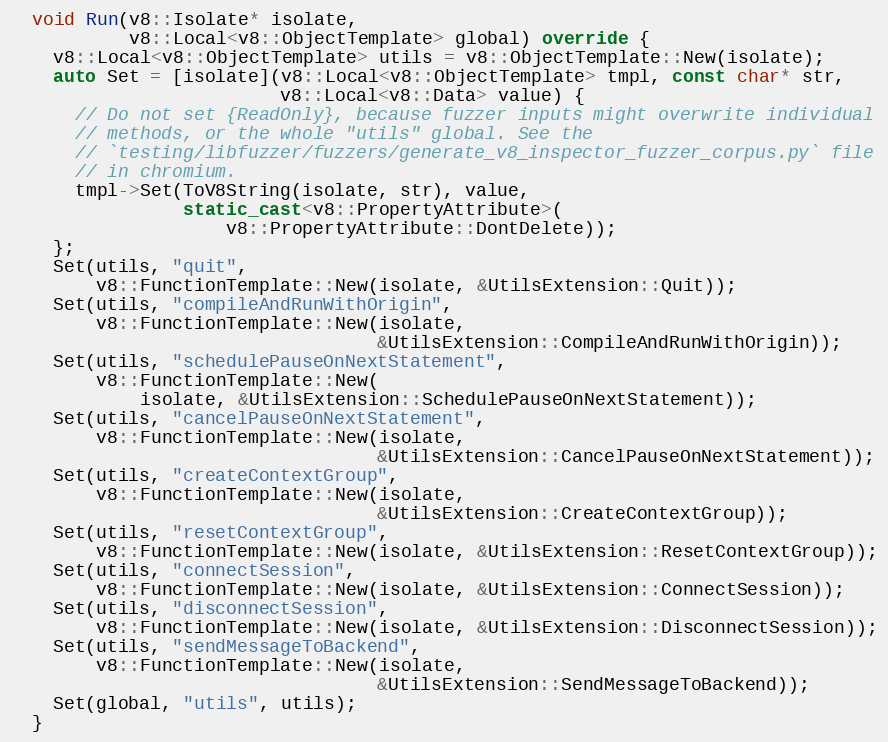
Language: C++
  void Run(v8::Isolate* isolate,
           v8::Local<v8::ObjectTemplate> global) override {
    v8::Local<v8::ObjectTemplate> utils = v8::ObjectTemplate::New(isolate);
    auto Set = [isolate](v8::Local<v8::ObjectTemplate> tmpl, const char* str,
                         v8::Local<v8::Data> value) {
      // Do not set {ReadOnly}, because fuzzer inputs might overwrite individual
      // methods, or the whole "utils" global. See the
      // `testing/libfuzzer/fuzzers/generate_v8_inspector_fuzzer_corpus.py` file
      // in chromium.
      tmpl->Set(ToV8String(isolate, str), value,
                static_cast<v8::PropertyAttribute>(
                    v8::PropertyAttribute::DontDelete));
    };
    Set(utils, "quit",
        v8::FunctionTemplate::New(isolate, &UtilsExtension::Quit));
    Set(utils, "compileAndRunWithOrigin",
        v8::FunctionTemplate::New(isolate,
                                  &UtilsExtension::CompileAndRunWithOrigin));
    Set(utils, "schedulePauseOnNextStatement",
        v8::FunctionTemplate::New(
            isolate, &UtilsExtension::SchedulePauseOnNextStatement));
    Set(utils, "cancelPauseOnNextStatement",
        v8::FunctionTemplate::New(isolate,
                                  &UtilsExtension::CancelPauseOnNextStatement));
    Set(utils, "createContextGroup",
        v8::FunctionTemplate::New(isolate,
                                  &UtilsExtension::CreateContextGroup));
    Set(utils, "resetContextGroup",
        v8::FunctionTemplate::New(isolate, &UtilsExtension::ResetContextGroup));
    Set(utils, "connectSession",
        v8::FunctionTemplate::New(isolate, &UtilsExtension::ConnectSession));
    Set(utils, "disconnectSession",
        v8::FunctionTemplate::New(isolate, &UtilsExtension::DisconnectSession));
    Set(utils, "sendMessageToBackend",
        v8::FunctionTemplate::New(isolate,
                                  &UtilsExtension::SendMessageToBackend));
    Set(global, "utils", utils);
  }